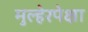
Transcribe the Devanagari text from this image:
मुल्हेरपेक्षा